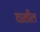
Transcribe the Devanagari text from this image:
घातील